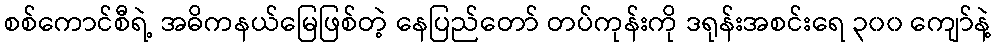
စစ်ကောင်စီရဲ့ အဓိကနယ်မြေဖြစ်တဲ့ နေပြည်တော် တပ်ကုန်းကို ဒရုန်းအစင်းရေ ၃၀၀ ကျော်နဲ့